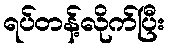
ရပ်တန့်လိုက်ပြီး